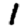
Digit: 1